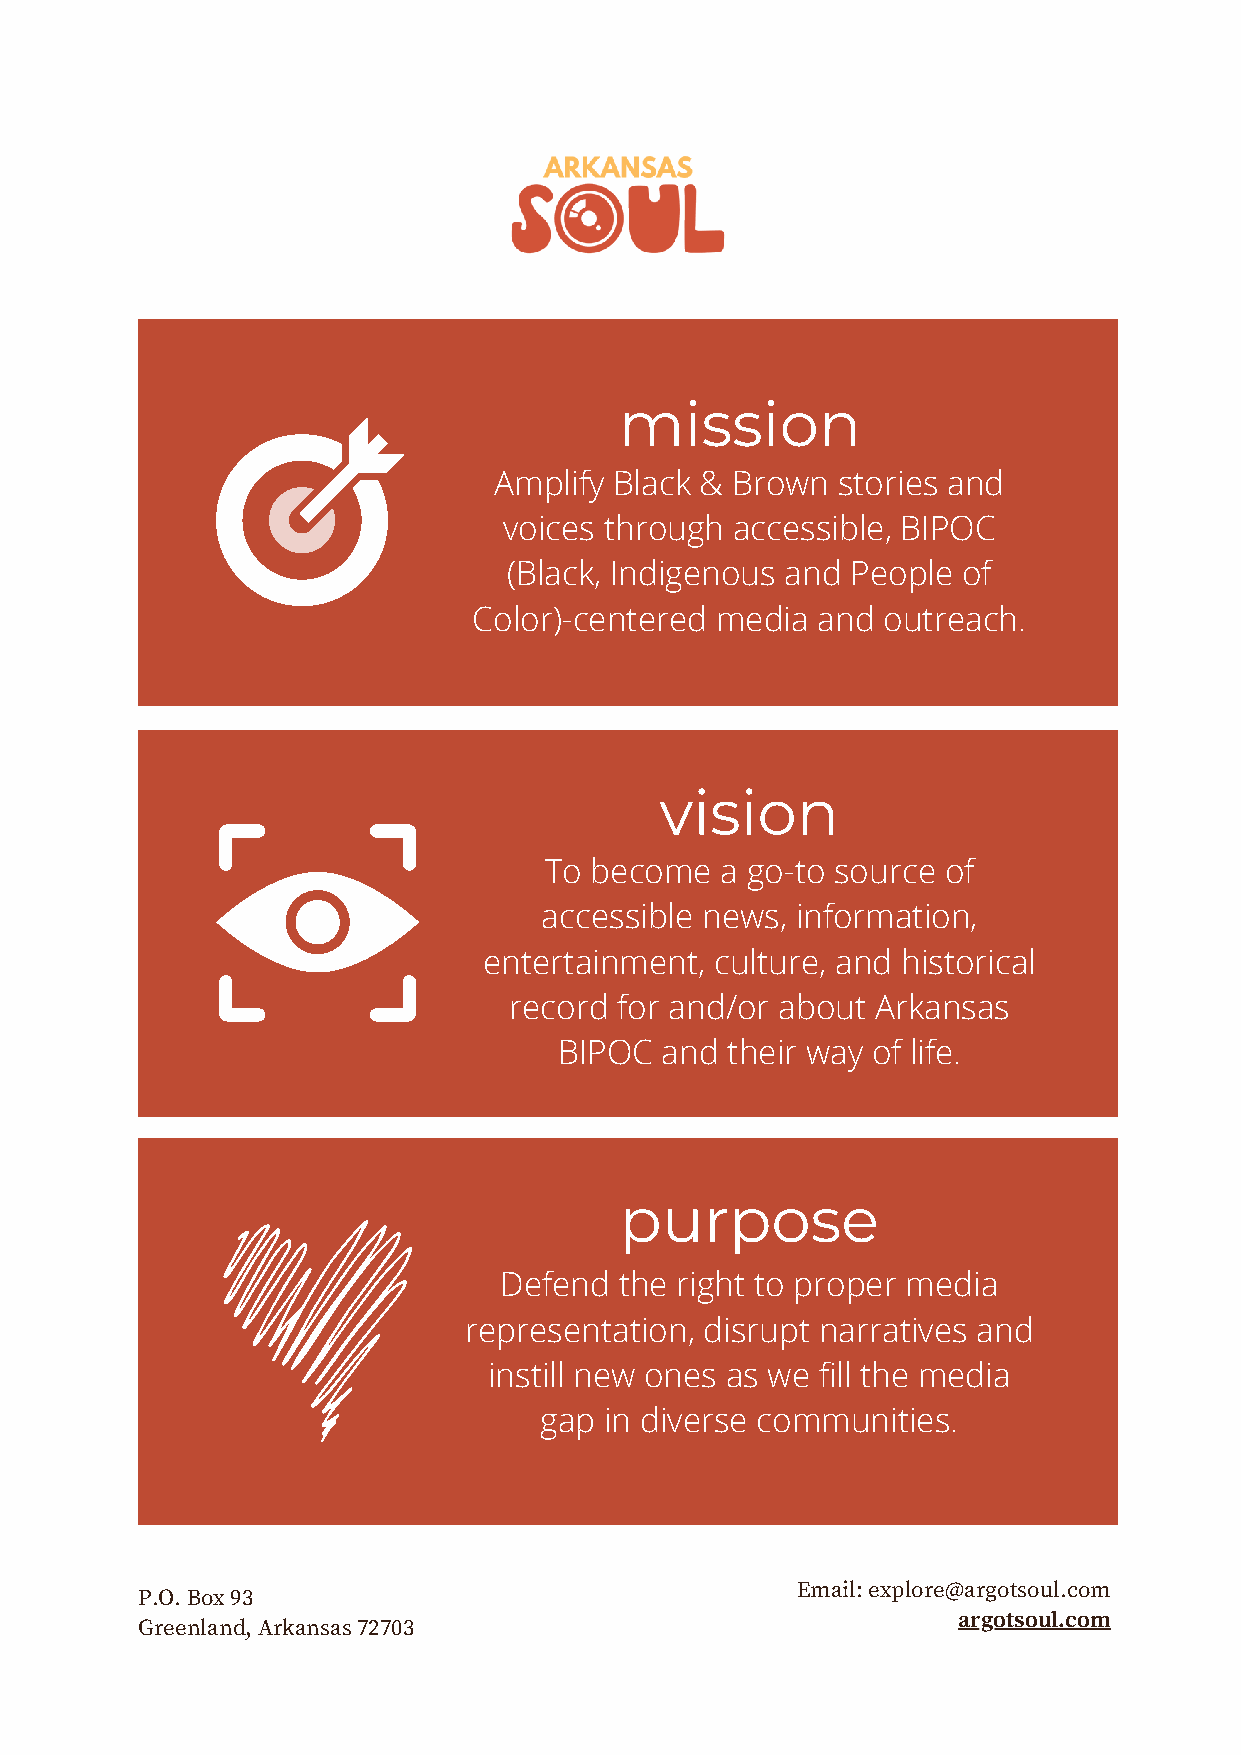
mission
 Amplify Black & Brown stories and
 voices through accessible, BIPOC
 (Black, Indigenous and People of
 Color)-centered media  and outreach.
 vision
 To become   a go-to source of
 accessible news, information,
 entertainment, culture, and historical
 record for and/or about Arkansas
 BIPOC  and their way of life.
 purpose
 Defend  the right to proper media
 representation, disrupt narratives and
 instill new ones as we fill the media
 gap in diverse communities.
 Email: explore@argotsoul.com
 P.O. Box 93
 argotsoul.com
 Greenland, Arkansas 72703